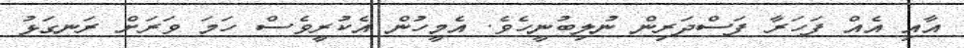
އާއި އެއް ފަހަރާ ފަސްދަރިން ނުލިބުނީހެވެ. އެމީހުން އެކުރީވެސް ހަމަ ވަރަށް ރަނގަޅު